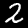
Digit: 2